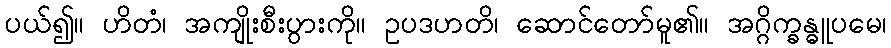
ပယ်၍။ ဟိတံ၊ အကျိုးစီးပွားကို။ ဥပဒဟတိ၊ ဆောင်တော်မူ၏။ အဂ္ဂိက္ခန္ဓူပမေ၊